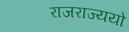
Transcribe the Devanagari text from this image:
राजराज्ययो